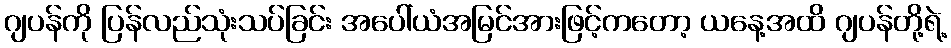
ဂျပန်ကို ပြန်လည်သုံးသပ်ခြင်း အပေါ်ယံအမြင်အားဖြင့်ကတော့ ယနေ့အထိ ဂျပန်တို့ရဲ့